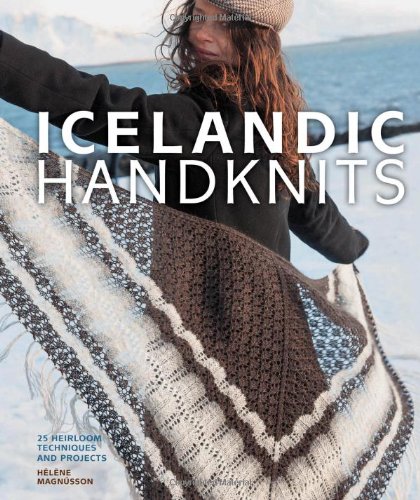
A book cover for Icelandic Handknits: 25 Heirloom Techniques and Projects; HÃ©lÃ¨ne MagnÃºsson; Crafts, Hobbies & Home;